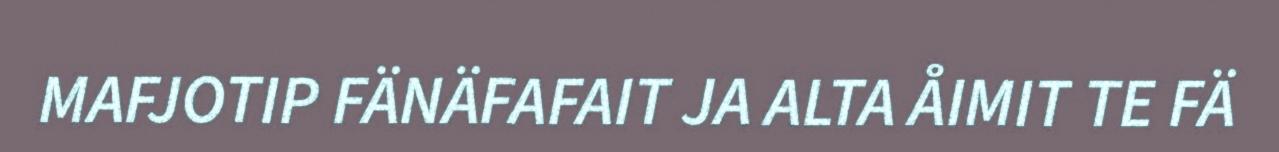
MAFJOTIP FÄNÄFAFAIT JA ALTA ÅIMIT TE FÄ